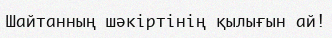
Шайтанның шәкіртінің қылығын ай!